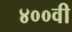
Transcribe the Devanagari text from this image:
४००वी